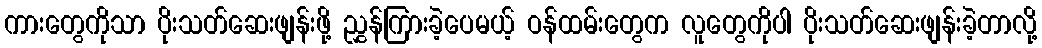
ကားတွေကိုသာ ပိုးသတ်ဆေးဖျန်းဖို့ ညွှန်ကြားခဲ့ပေမယ့် ဝန်ထမ်းတွေက လူတွေကိုပါ ပိုးသတ်ဆေးဖျန်းခဲ့တာလို့